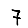
Digit: 7